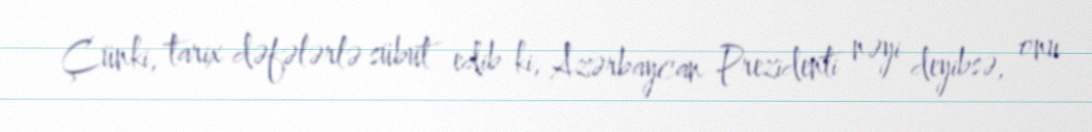
Çünki, tarix dəfələrlə sübut edib ki, Azərbaycan Prezidenti nəyi deyibsə, onu